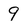
Character: 9